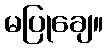
မပြုချေ။